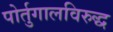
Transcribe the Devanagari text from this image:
पोर्तुगालविरुद्ध